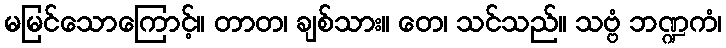
မမြင်သောကြောင့်။ တာတ၊ ချစ်သား။ တေ၊ သင်သည်။ သဗ္ဗံ ဘဏ္ဍကံ၊